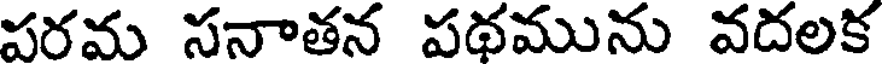
పరమ సనాతన పథమును వదలక